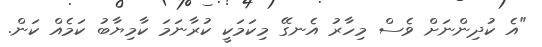
"އެ ކުދިންނަށް ވެސް މިހާރު އެނގޭ މިކަމަކީ ކުރާނަމަ ކާމިޔާބު ކަމެއް ކަން.